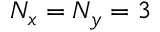
N _ { x } = N _ { y } = 3